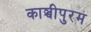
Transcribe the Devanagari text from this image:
काञ्चीपुरम